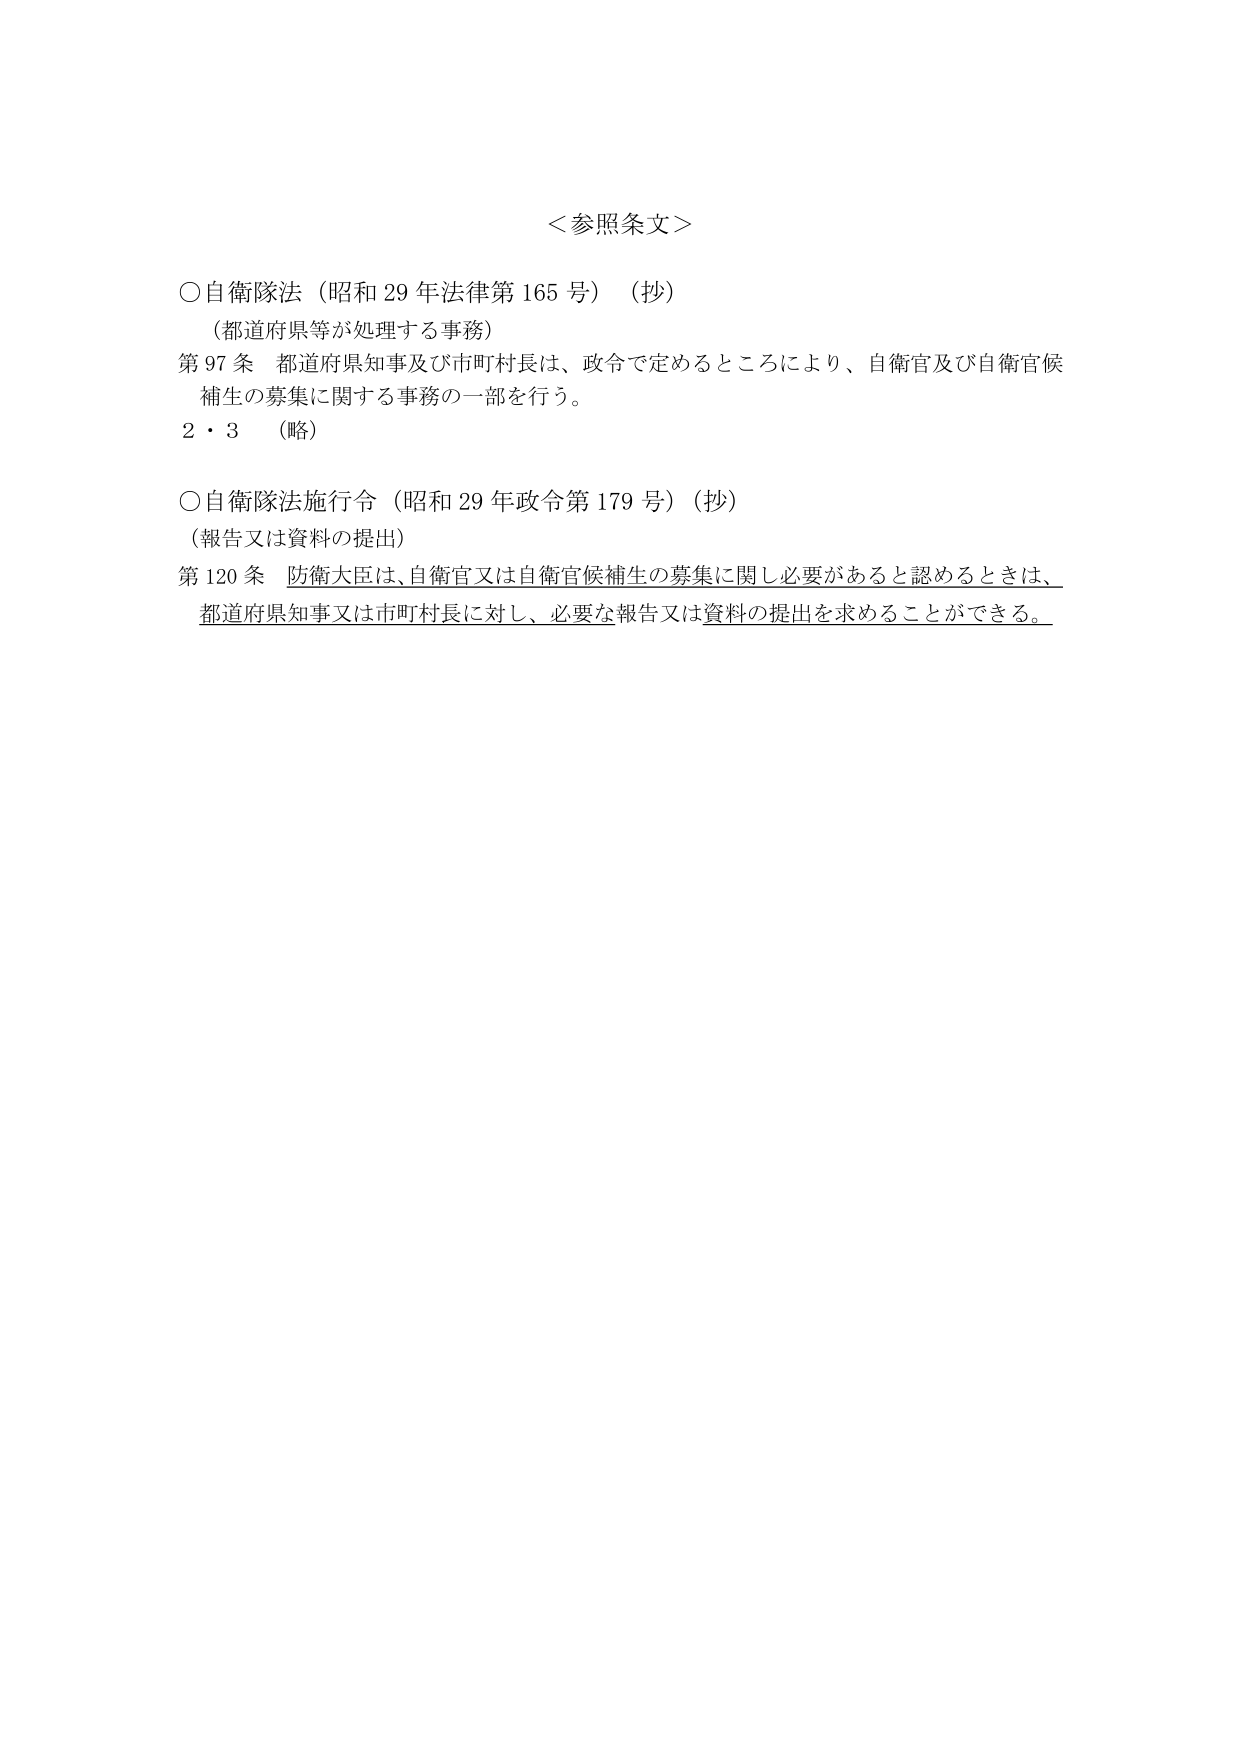
＜参照条文＞

○自衛隊法（昭和29年法律第165号）（抄）
（都道府県等が処理する事務）
第97条 都道府県知事及び市町村長は、政令で定めるところにより、自衛官及び自衛官候補生の募集に関する事務の一部を行う。
2・3 （略）

○自衛隊法施行令（昭和29年政令第179号）（抄）
（報告又は資料の提出）
第120条 防衛大臣は、自衛官又は自衛官候補生の募集に関し必要があると認めるときは、都道府県知事又は市町村長に対し、必要な報告又は資料の提出を求めることができる。